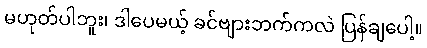
မဟုတ်ပါဘူး၊ ဒါပေမယ့် ခင်ဗျားဘက်ကလဲ ပြန်ချပေါ့။